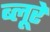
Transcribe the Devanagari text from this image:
ब्लूरे